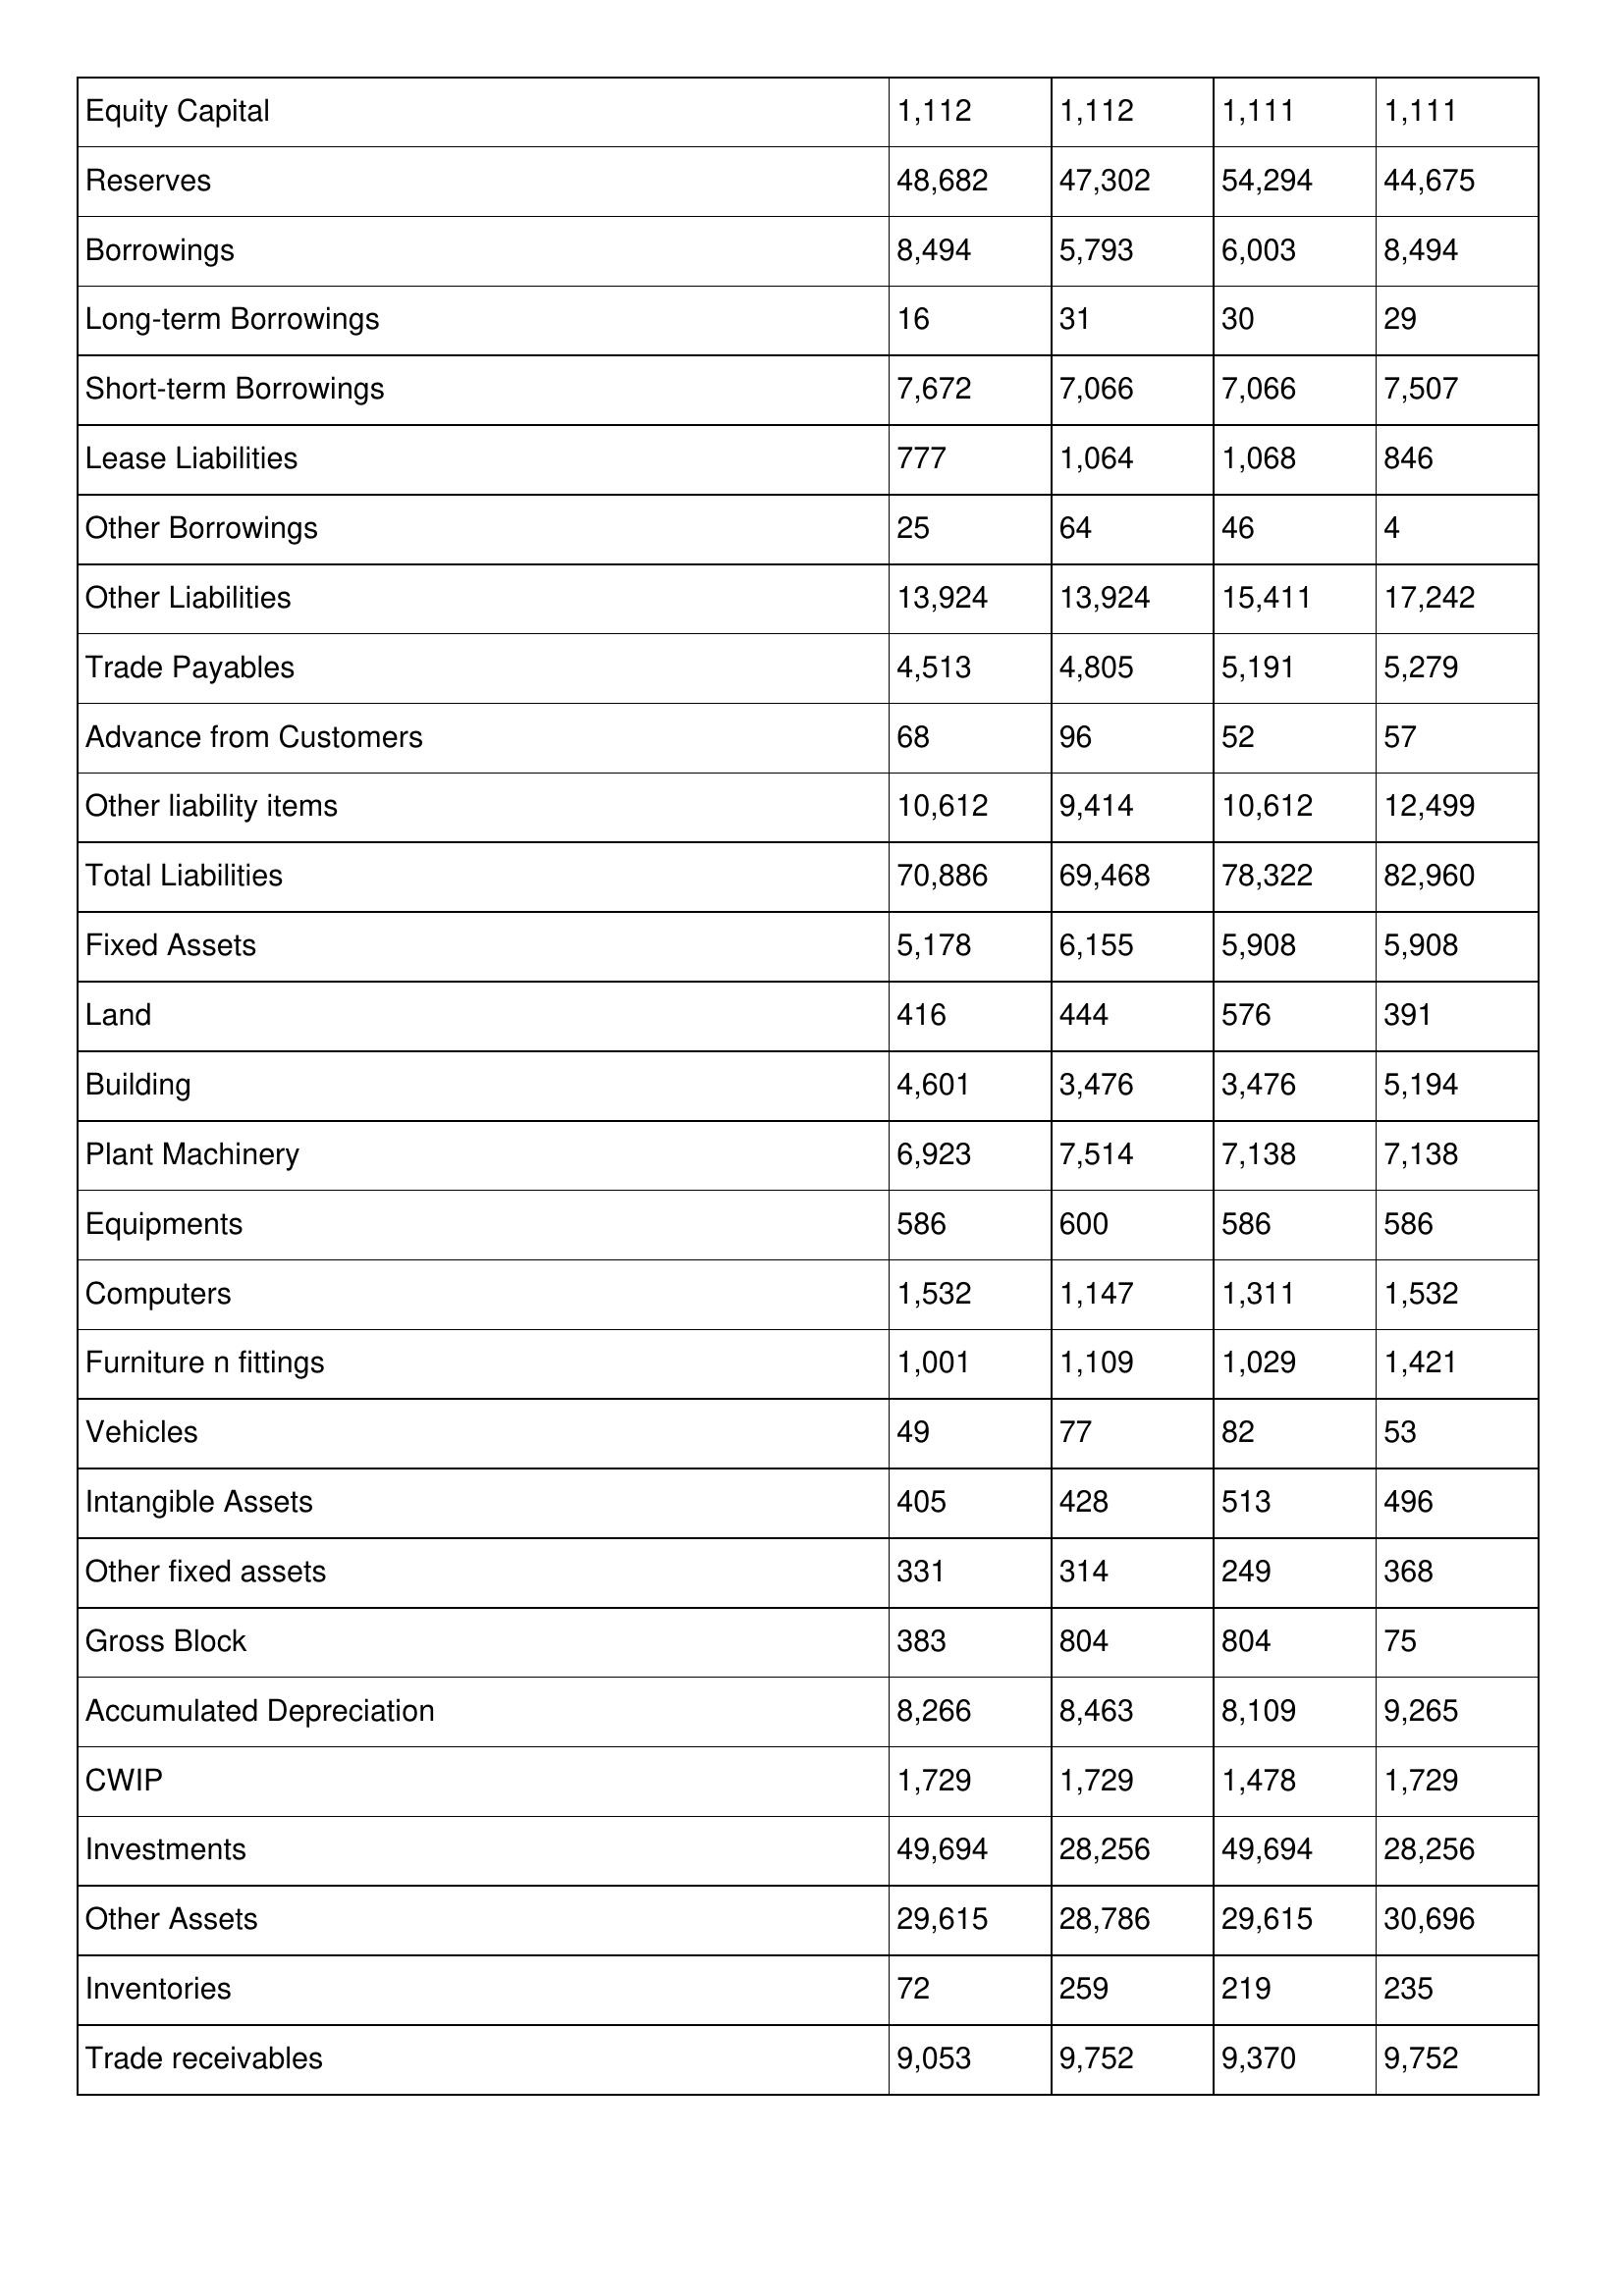
gt_parse: 2009: Balance Sheet: Equity Capital: 1,112
Reserves: 48,682
Borrowings: 8,494
Long-term Borrowings: 16
Short-term Borrowings: 7,672
Lease Liabilities: 777
Other Borrowings: 25
Other Liabilities: 13,924
Trade Payables: 4,513
Advance from Customers: 68
Other liability items: 10,612
Total Liabilities: 70,886
Fixed Assets: 5,178
Land: 416
Building: 4,601
Plant Machinery: 6,923
Equipments: 586
Computers: 1,532
Furniture n fittings: 1,001
Vehicles: 49
Intangible Assets: 405
Other fixed assets: 331
Gross Block: 383
Accumulated Depreciation: 8,266
CWIP: 1,729
Investments: 49,694
Other Assets: 29,615
Inventories: 72
Trade receivables: 9,053
2008: Balance Sheet: Equity Capital: 1,112
Reserves: 47,302
Borrowings: 5,793
Long-term Borrowings: 31
Short-term Borrowings: 7,066
Lease Liabilities: 1,064
Other Borrowings: 64
Other Liabilities: 13,924
Trade Payables: 4,805
Advance from Customers: 96
Other liability items: 9,414
Total Liabilities: 69,468
Fixed Assets: 6,155
Land: 444
Building: 3,476
Plant Machinery: 7,514
Equipments: 600
Computers: 1,147
Furniture n fittings: 1,109
Vehicles: 77
Intangible Assets: 428
Other fixed assets: 314
Gross Block: 804
Accumulated Depreciation: 8,463
CWIP: 1,729
Investments: 28,256
Other Assets: 28,786
Inventories: 259
Trade receivables: 9,752
2007: Balance Sheet: Equity Capital: 1,111
Reserves: 54,294
Borrowings: 6,003
Long-term Borrowings: 30
Short-term Borrowings: 7,066
Lease Liabilities: 1,068
Other Borrowings: 46
Other Liabilities: 15,411
Trade Payables: 5,191
Advance from Customers: 52
Other liability items: 10,612
Total Liabilities: 78,322
Fixed Assets: 5,908
Land: 576
Building: 3,476
Plant Machinery: 7,138
Equipments: 586
Computers: 1,311
Furniture n fittings: 1,029
Vehicles: 82
Intangible Assets: 513
Other fixed assets: 249
Gross Block: 804
Accumulated Depreciation: 8,109
CWIP: 1,478
Investments: 49,694
Other Assets: 29,615
Inventories: 219
Trade receivables: 9,370
2006: Balance Sheet: Equity Capital: 1,111
Reserves: 44,675
Borrowings: 8,494
Long-term Borrowings: 29
Short-term Borrowings: 7,507
Lease Liabilities: 846
Other Borrowings: 4
Other Liabilities: 17,242
Trade Payables: 5,279
Advance from Customers: 57
Other liability items: 12,499
Total Liabilities: 82,960
Fixed Assets: 5,908
Land: 391
Building: 5,194
Plant Machinery: 7,138
Equipments: 586
Computers: 1,532
Furniture n fittings: 1,421
Vehicles: 53
Intangible Assets: 496
Other fixed assets: 368
Gross Block: 75
Accumulated Depreciation: 9,265
CWIP: 1,729
Investments: 28,256
Other Assets: 30,696
Inventories: 235
Trade receivables: 9,752